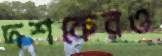
দশকেরও